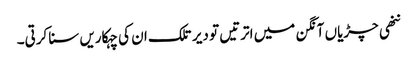
ننھی چڑیاں آنگن میں اترتیں تو دیر تلک ان کی چہکاریں سنا کرتی۔